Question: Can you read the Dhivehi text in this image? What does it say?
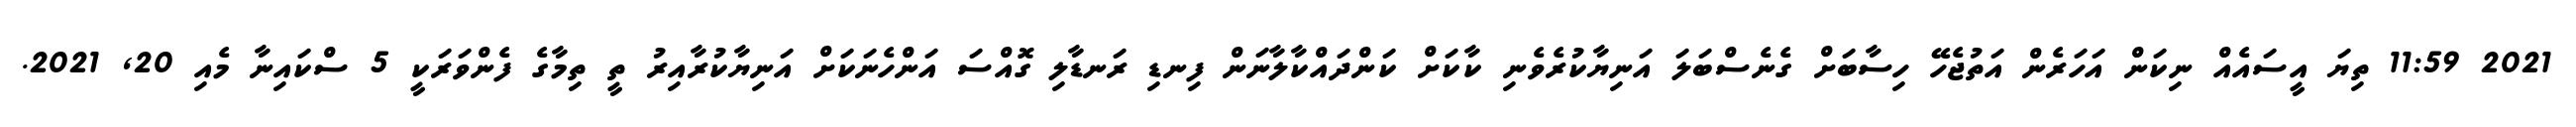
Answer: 2021 11:59 ތިޔަ އީސައެއް ނިކަން އަހަރެން އަތުޖެހޭ ހިސާބަށް ގެނެސްބަލަ އަނިޔާކުރެވެނި ކާކަށް ކަންދައްކާލާނަން ފިނޑި ރަނޑާލި ގޮއްސަ އަންހެނަކަށް އަނިޔާކުރާއިރު ތީ ތިމާގެ ފެންވަރަކީ 5 ސްކައިނާ މެއި 20, 2021.